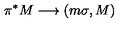
\pi ^ { * } M \longrightarrow ( m \sigma , M )